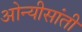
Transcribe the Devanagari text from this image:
ओन्यीसांती